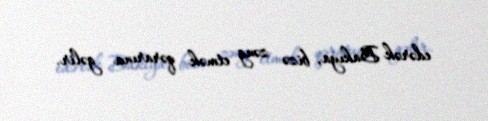
edərək Bakıya, bizə zəng etmək qərarına gəlir.